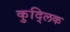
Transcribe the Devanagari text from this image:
कुद्लिक